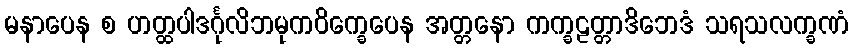
မနာပေန စ ဟတ္ထပါဒင်္ဂုလိဘမုကဝိက္ခေပေန အတ္တနော ကက္ခဠတ္တာဒိဘေဒံ သရသလက္ခဏံ